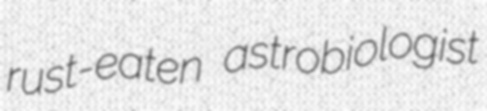
rust-eaten astrobiologist